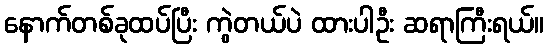
နောက်တစ်ခုထပ်ပြီး ကွဲတယ်ပဲ ထားပါဦး ဆရာကြီးရယ်။